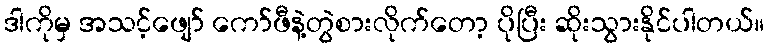
ဒါကိုမှ အသင့်ဖျော် ကော်ဖီနဲ့တွဲစားလိုက်တော့ ပိုပြီး ဆိုးသွားနိုင်ပါတယ်။